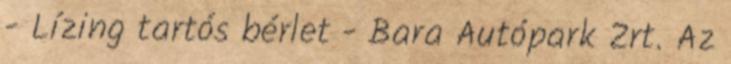
- Lízing tartós bérlet - Bara Autópark Zrt. Az